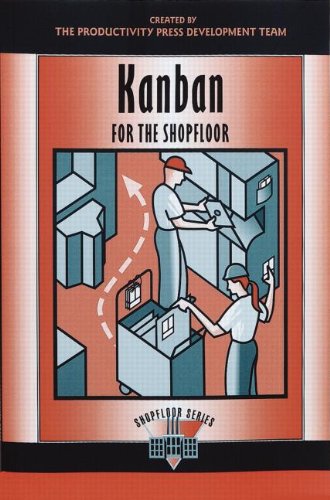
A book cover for Kanban for the Shopfloor (The Shopfloor Series); Productivity Press Development Team; Business & Money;